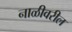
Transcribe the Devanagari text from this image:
नाळीवरील